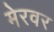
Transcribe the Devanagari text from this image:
मेरवर